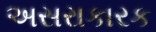
અસરાકારક